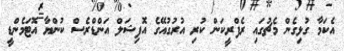
އެކަމާ ގުޅިގެން މެޗުގައި ރެފްރީކަން ކުރި އުރުގުއޭގެ އޮފިޝަލް އަންޑްރެސް ކުންޔާ އޮޓަމެންޑީ